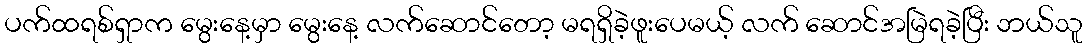
ပက်ထရစ်ရှာက မွေးနေ့မှာ မွေးနေ့ လက်ဆောင်တော့ မရရှိခဲ့ဖူးပေမယ့် လက် ဆောင်အမြဲရခဲ့ပြီး ဘယ်သူ